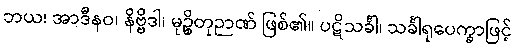
ဘယ၊ အာဒီနဝ၊ နိဗ္ဗိဒါ၊ မုဉ္စိတုဉာဏ် ဖြစ်၏။ ပဋိသင်္ခါ၊ သင်္ခါရုပေက္ခာဖြင့်